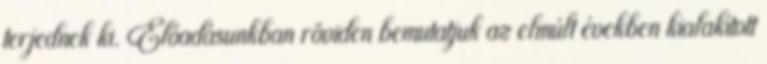
terjednek ki. Előadásunkban röviden bemutatjuk az elmúlt években kialakított